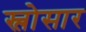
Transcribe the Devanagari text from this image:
स्लोसार